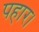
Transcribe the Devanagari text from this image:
पहार।